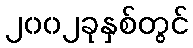
၂၀၀၂ခုနှစ်တွင်